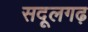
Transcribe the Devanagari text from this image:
सदूलगढ़